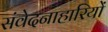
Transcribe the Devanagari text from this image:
संवेदनाहारियों